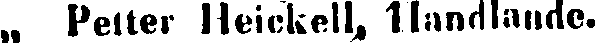
„ Petter Heickell, Handlande.